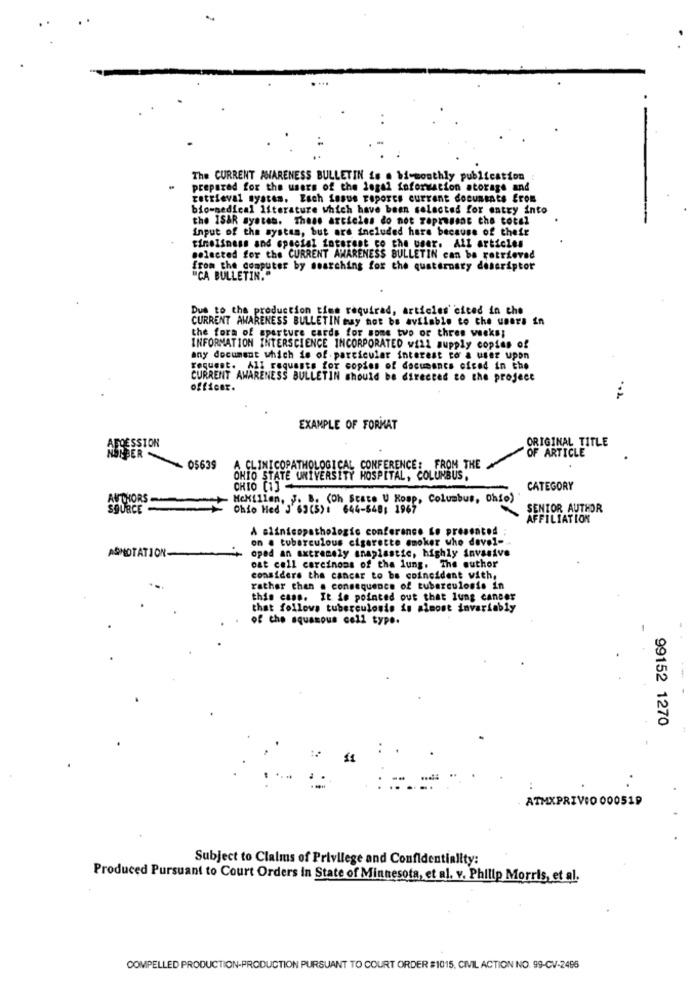
The CURRENT AWARENESS BULLETIN is . bi-monthly publication
prepared for the users of the legal information atorage and
retrieval system. Each Lasus reports current documents from
bio-medical literature which have been selected for entry into
the ISAR system. These articles do not zaprassnc the total
Input of the system, but are included here because of their
timeliness and special interest co the user. All articles
selected for the CURRENT AWARENESS BULLETIN can be retrieved
from the computer by searching for the quaternary descriptor
"CA BULLETIN."
Due to the production time required, articles ciced in the
CURRENT AWARENESS BULLETIN Guy not be avilable to the users in
the form of aperture cards for some two or three weeks;
INFORMATION INTERSCIENCE INCORPORATED will supply copies of
any document which is of particular interest to a user upon
request. All requests for copies of documents ofcad in the
CURRENT AWARENESS BULLETIN should be directed to the project
officer.
EXAMPLE OF FORMAT
ORIGINAL TITLE
AFDESSION
OF ARTICLE
HUNBER
05639
A CLINICOPATHOLOGICAL CONFERENCE: FROM THE
OHIO STATE UNIVERSITY HOSPITAL, COLUMBUS,
CHIO (1)
CATEGORY
AUTHORS
McMillen, J. B. (Oh State U Koop, Columbus, Ohio)
SOURCE
Chio Hed J'63(5): 644-548; 1967
SENTOR AUTHOR
AFFILIATION
A slinicopathologic conference Lo presented
on a tuberculous cigarette smoker who devel-
ASNOTATION
oped an axtremely anaplastic, highly invasive
oat cell carcinons of the lung. The author
considere the cancar to be coincident with,
rather than a consequence of tuberculosis in
this cass. It ie pointed out that lung cancer
that follows tuberculosis in almost invariably
of the squamous cell type.
-- -
99152 1270
ATMXPRIVIO 000519
Subject to Claims of Privilege and Confidentiality:
Produced Pursuant to Court Orders In State of Minnesota, et al. v. Philip Morris, et al.
COMPELLED PRODUCTION-PRODUCTION PURSUANT TO COURT ORDER #1015, CIVIL ACTION NO. 99-CV-2496